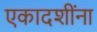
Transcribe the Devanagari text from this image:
एकादशींना